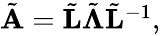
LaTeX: \begin{array}{r}{\tilde{\mathbf A}=\tilde{\mathbf L}\tilde{\mathbf\Lambda}\tilde{\mathbf L}^{-1},}\end{array}